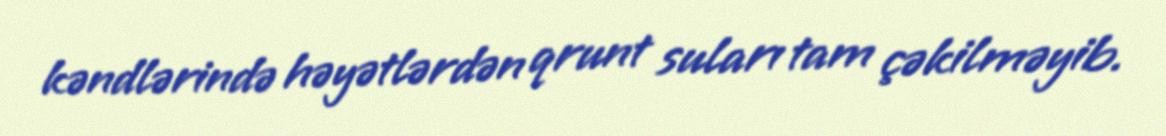
kəndlərində həyətlərdən qrunt suları tam çəkilməyib.